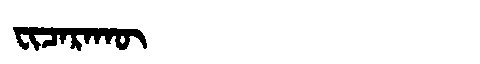
Manchu: ᠸᡳᠴᠠᡵᠠᡴᡡ
Romanization: FICARAKŪ